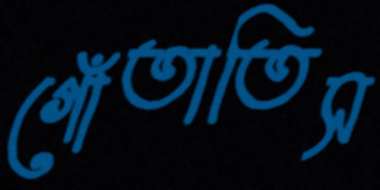
গোঁতাতিস